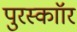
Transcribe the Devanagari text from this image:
पुरस्काॉर